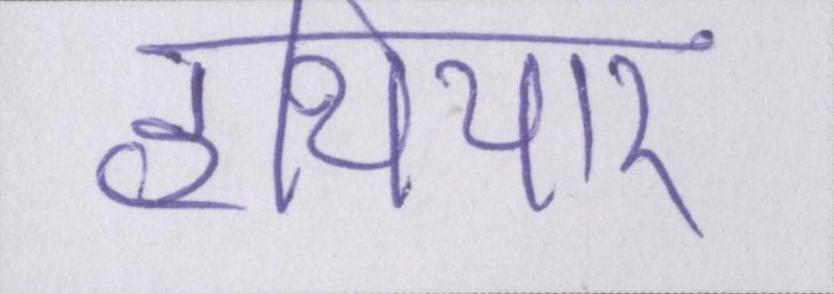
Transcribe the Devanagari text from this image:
हथियार